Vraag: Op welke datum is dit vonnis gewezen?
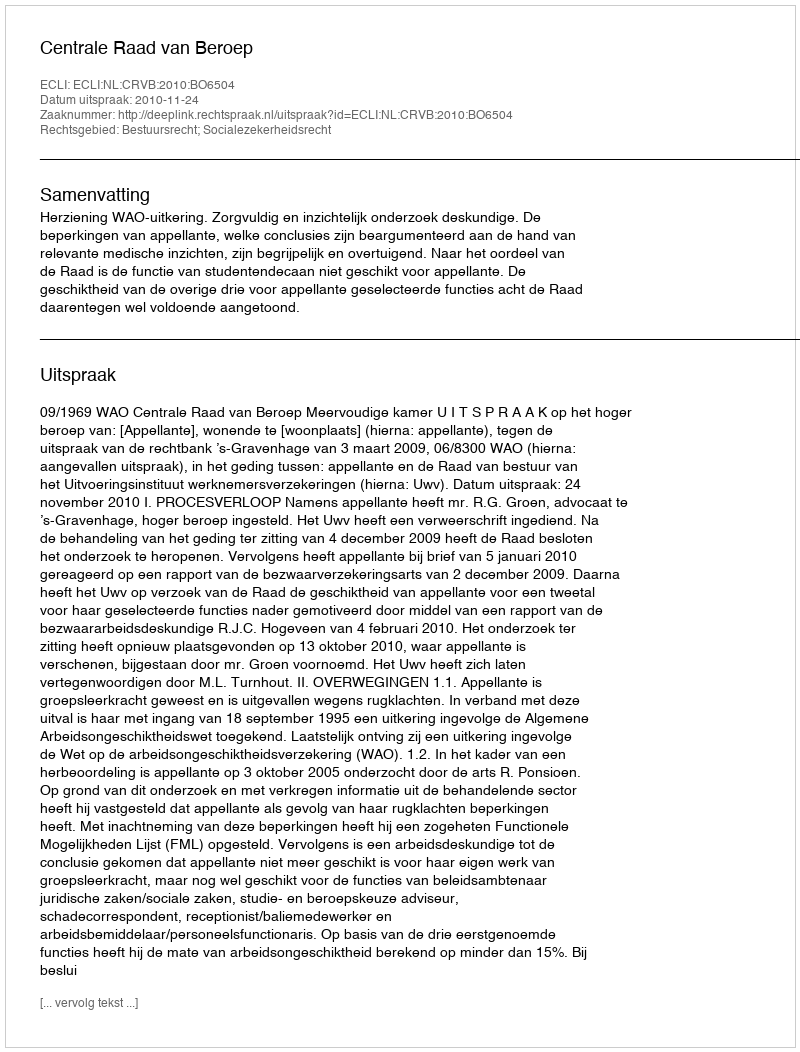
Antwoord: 2010-11-24